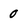
Character: 0